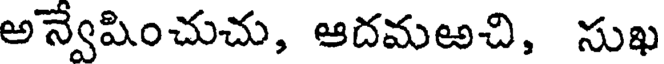
అన్వేషించుచు, ఆదమఱచి, సుఖ